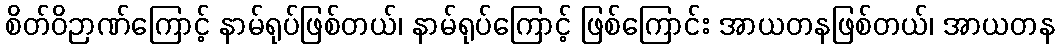
စိတ်ဝိဉာဏ်ကြောင့် နာမ်ရုပ်ဖြစ်တယ်၊ နာမ်ရုပ်ကြောင့် ဖြစ်ကြောင်း အာယတနဖြစ်တယ်၊ အာယတန